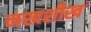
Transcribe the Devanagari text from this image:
नखशीख